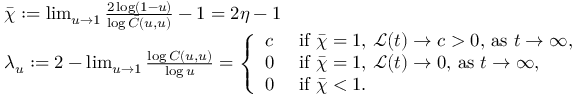
\begin{array} { r l } & { \bar { \chi } : = \operatorname* { l i m } _ { u \to 1 } \frac { 2 \log ( 1 - u ) } { \log \bar { C } ( u , u ) } - 1 = 2 \eta - 1 } \\ & { \lambda _ { u } : = 2 - \operatorname* { l i m } _ { u \to 1 } \frac { \log C ( u , u ) } { \log u } = \left\{ \begin{array} { l l } { c } & { \mathrm { ~ i f ~ } \bar { \chi } = 1 , \, \mathcal { L } ( t ) \to c > 0 , \, \mathrm { a s ~ } t \to \infty , } \\ { 0 } & { \mathrm { ~ i f ~ } \bar { \chi } = 1 , \, \mathcal { L } ( t ) \to 0 , \, \mathrm { a s ~ } t \to \infty , } \\ { 0 } & { \mathrm { ~ i f ~ } \bar { \chi } < 1 . } \end{array} \right. } \end{array}